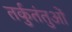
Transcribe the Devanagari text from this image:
तर्कुतंतुओं